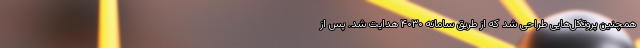
همچنین پروتکل‌هایی طراحی شد که از طریق سامانه ۴۰۳۰ هدایت شد. پس از